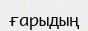
ғарыдың